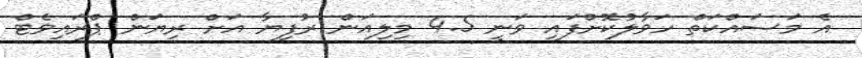
އެ މަސައްކަތް ހަވާލުކޮށްފައި ވަނީ 4.5 މިލިއަން ރުފިޔާ އަށް ރިޔަން ޕްރައިވެޓް